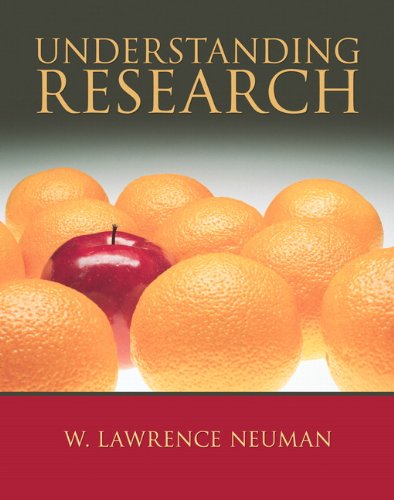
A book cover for Understanding Research; W. Lawrence Neuman; Politics & Social Sciences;